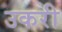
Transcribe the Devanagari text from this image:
उकरी